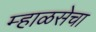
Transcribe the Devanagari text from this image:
म्हाळसेचा